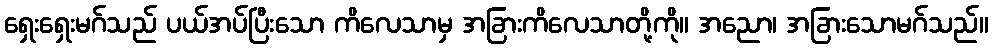
ရှေးရှေးမဂ်သည် ပယ်အပ်ပြီးသော ကိလေသာမှ အခြားကိလေသာတို့ကို။ အညော၊ အခြားသောမဂ်သည်။